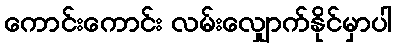
ကောင်းကောင်း လမ်းလျှောက်နိုင်မှာပါ